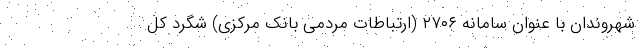
شهروندان با عنوان سامانه ۲۷۰۶ (ارتباطات مردمی بانک مرکزی) شگرد کل